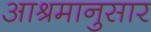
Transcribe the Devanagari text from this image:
आश्रमानुसार